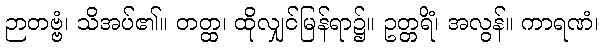
ဉာတဗ္ဗံ၊ သိအပ်၏။ တတ္ထ၊ ထိုလျှင်မြန်ရာ၌။ ဥတ္တရိံ၊ အလွန်။ ကာရဏံ၊